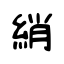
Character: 綃